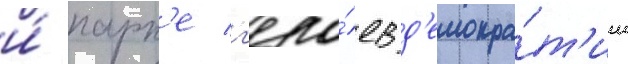
и́ парк'е г'еро́ев д'емокра́т'ии